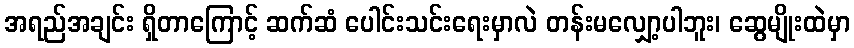
အရည်အချင်း ရှိတာကြောင့် ဆက်ဆံ ပေါင်းသင်းရေးမှာလဲ တန်းမလျှော့ပါဘူး၊ ဆွေမျိုးထဲမှာ